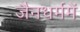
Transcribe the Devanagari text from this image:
जैनधर्ममें